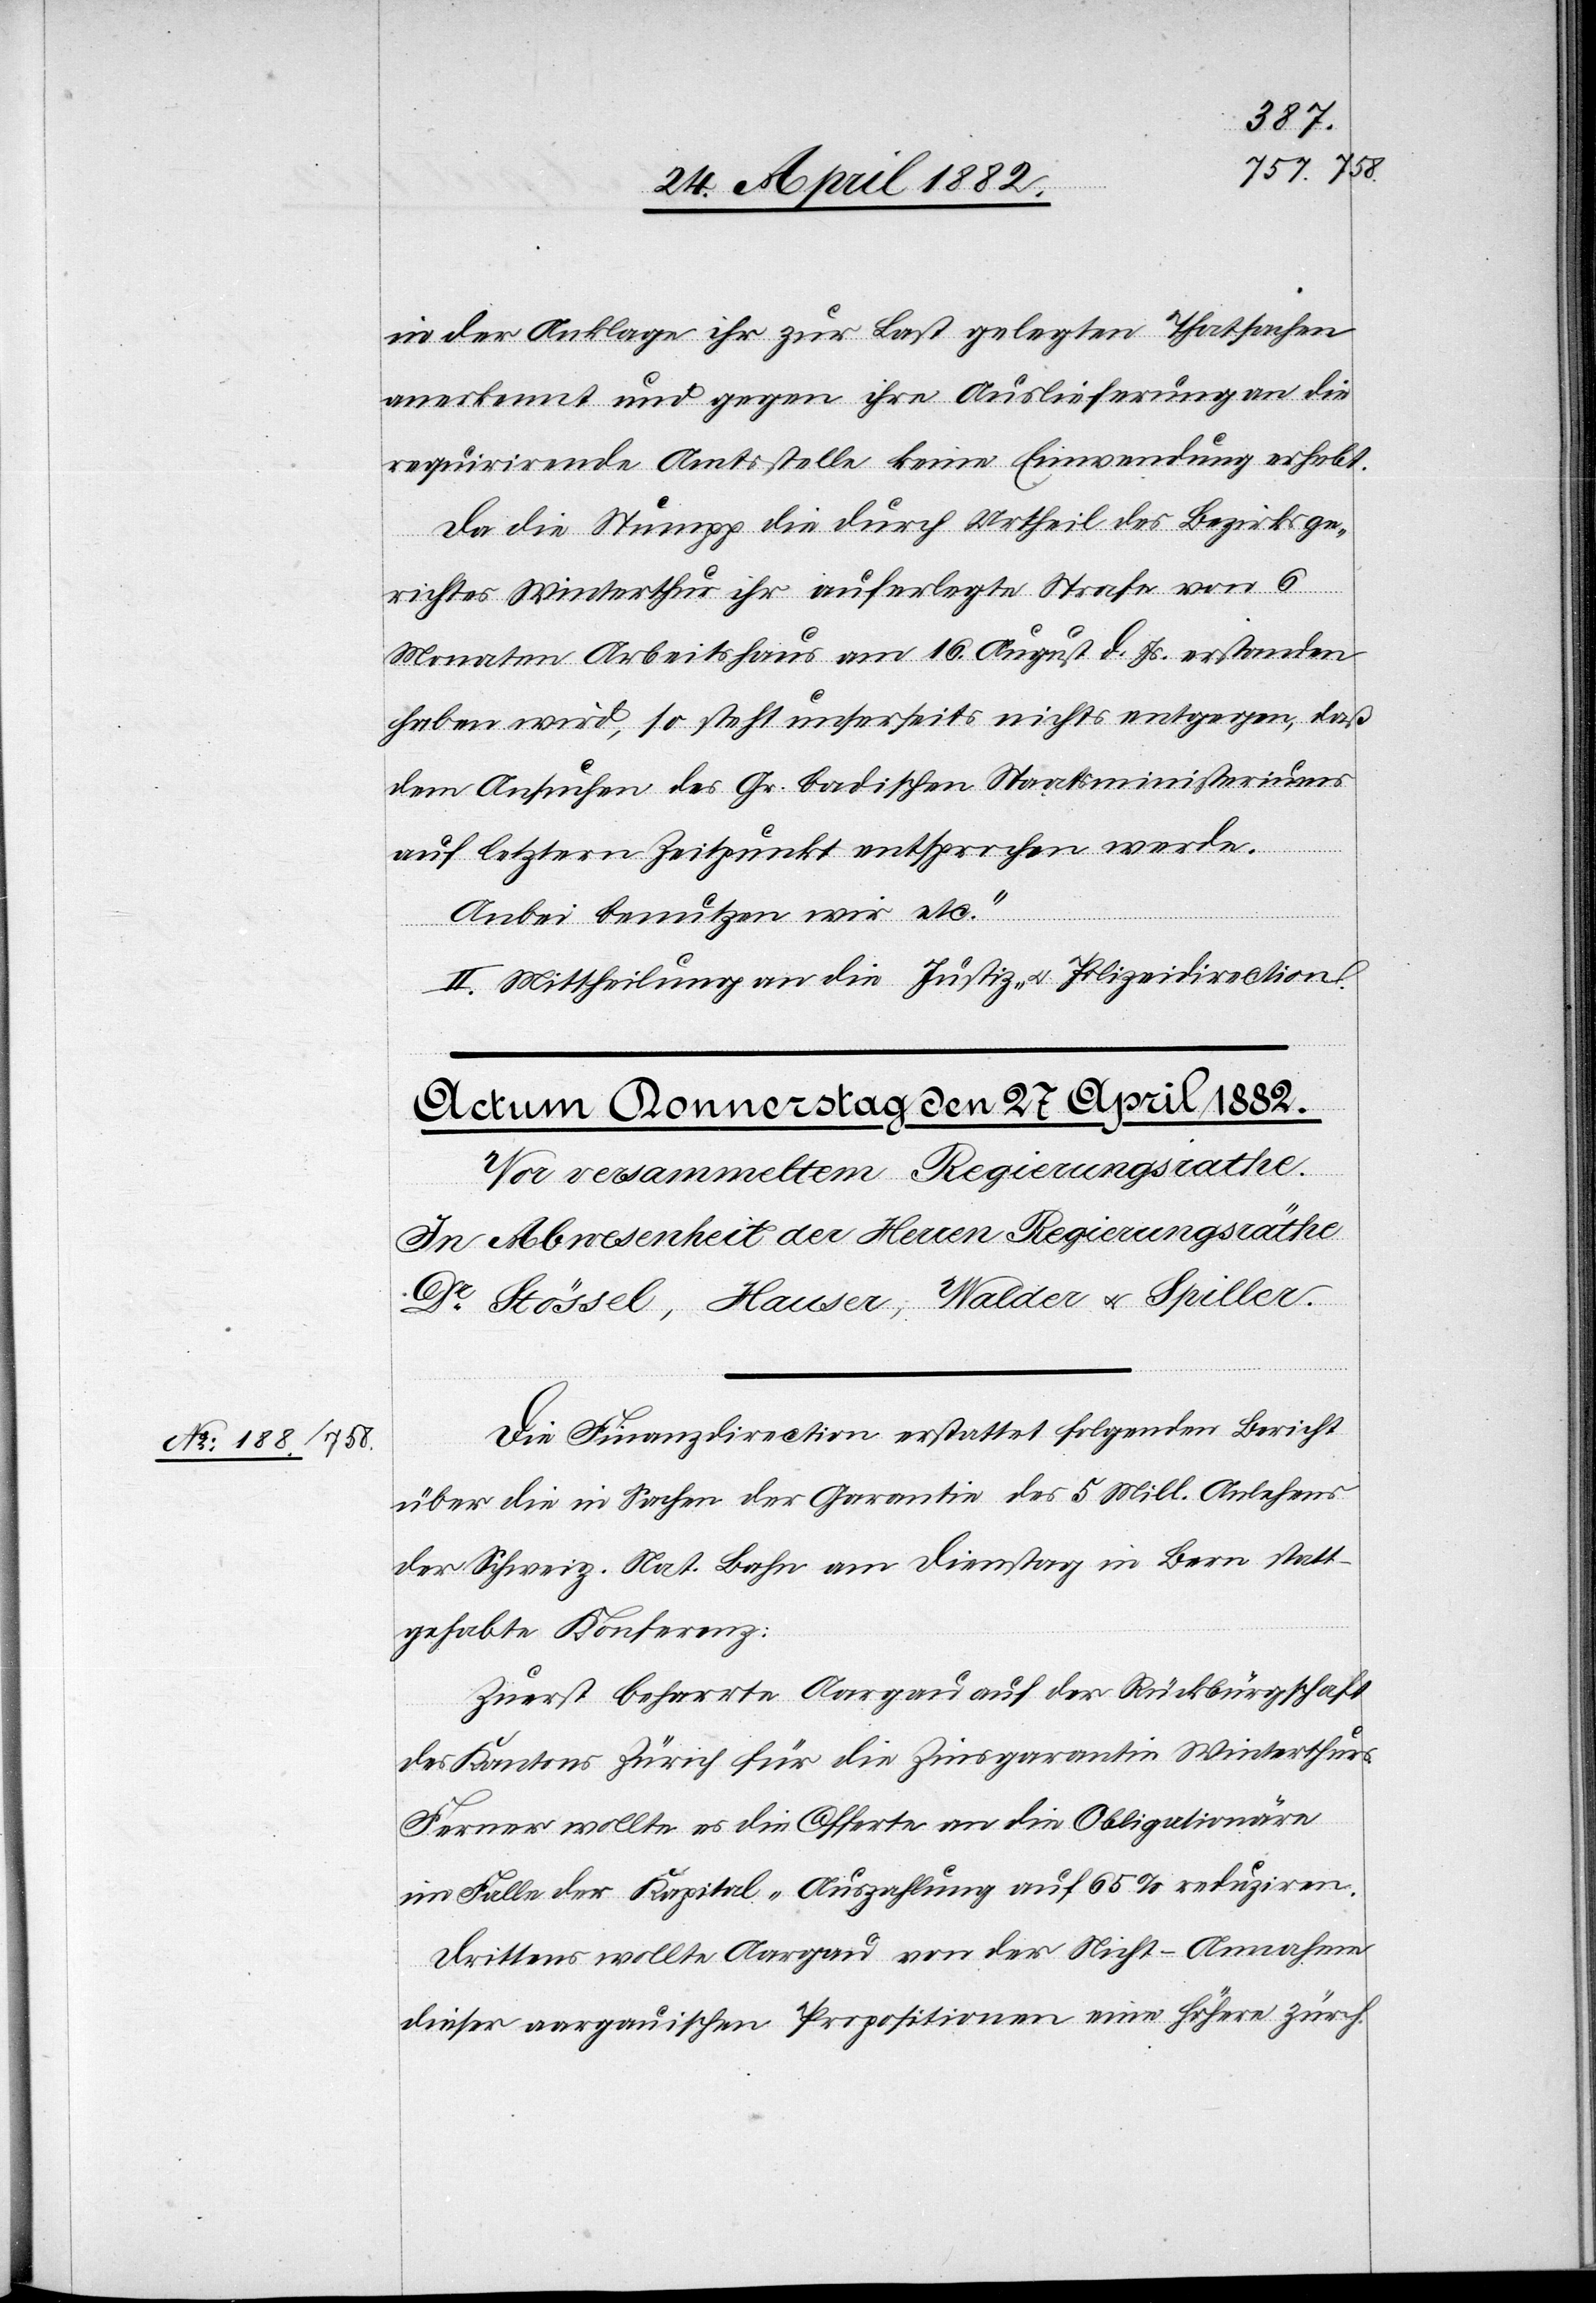
in der Anklage ihr zur Last gelegten Thatsachen
anerkennt und gegen ihre Auslieferung an die
requirirende Amtsstelle keine Einwendung erhebt.
Da die Stumpp die durch Urtheil des Bezirksge¬
richtes Winterthur ihr auferlegte Strafe von 6
Monaten Arbeitshaus am 16. August d. Js. erstanden
haben wird, so steht unserseits nichts entgegen, daß
dem Ansuchen des Gr. badischen Staatsministeriums
auf letztern Zeitpunkt entsprochen werde.
Anbei benutzen wir etc.“
II. Mittheilung an die Justiz- u. Polizeidirektion.
Die Finanzdirection erstattet folgenden Bericht
über die in Sachen der Garantie des 5 Mill. Anlehens
der Schweiz. Nat. Bahn am Dienstag in Bern statt¬
gehabten Konferenz:
Zuerst beharrte Aargau auf der Rückbürgschaft
des Kantons Zürich für die Zinsgarantie Winterthur.
Ferner wollte es die Offerte an die Obligationäre
im Falle der Kapital-Auszahlung auf 65% reduziren.
Drittens wollte Aargau von der Nicht-Annahme
dieser aargauischen Propositionen eine höhere zürch.